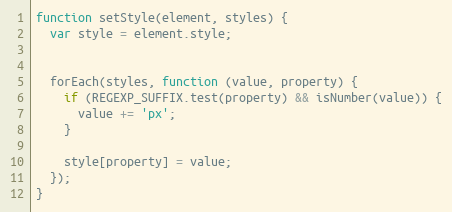
Language: JavaScript
function setStyle(element, styles) {
  var style = element.style;

  forEach(styles, function (value, property) {
    if (REGEXP_SUFFIX.test(property) && isNumber(value)) {
      value += 'px';
    }

    style[property] = value;
  });
}